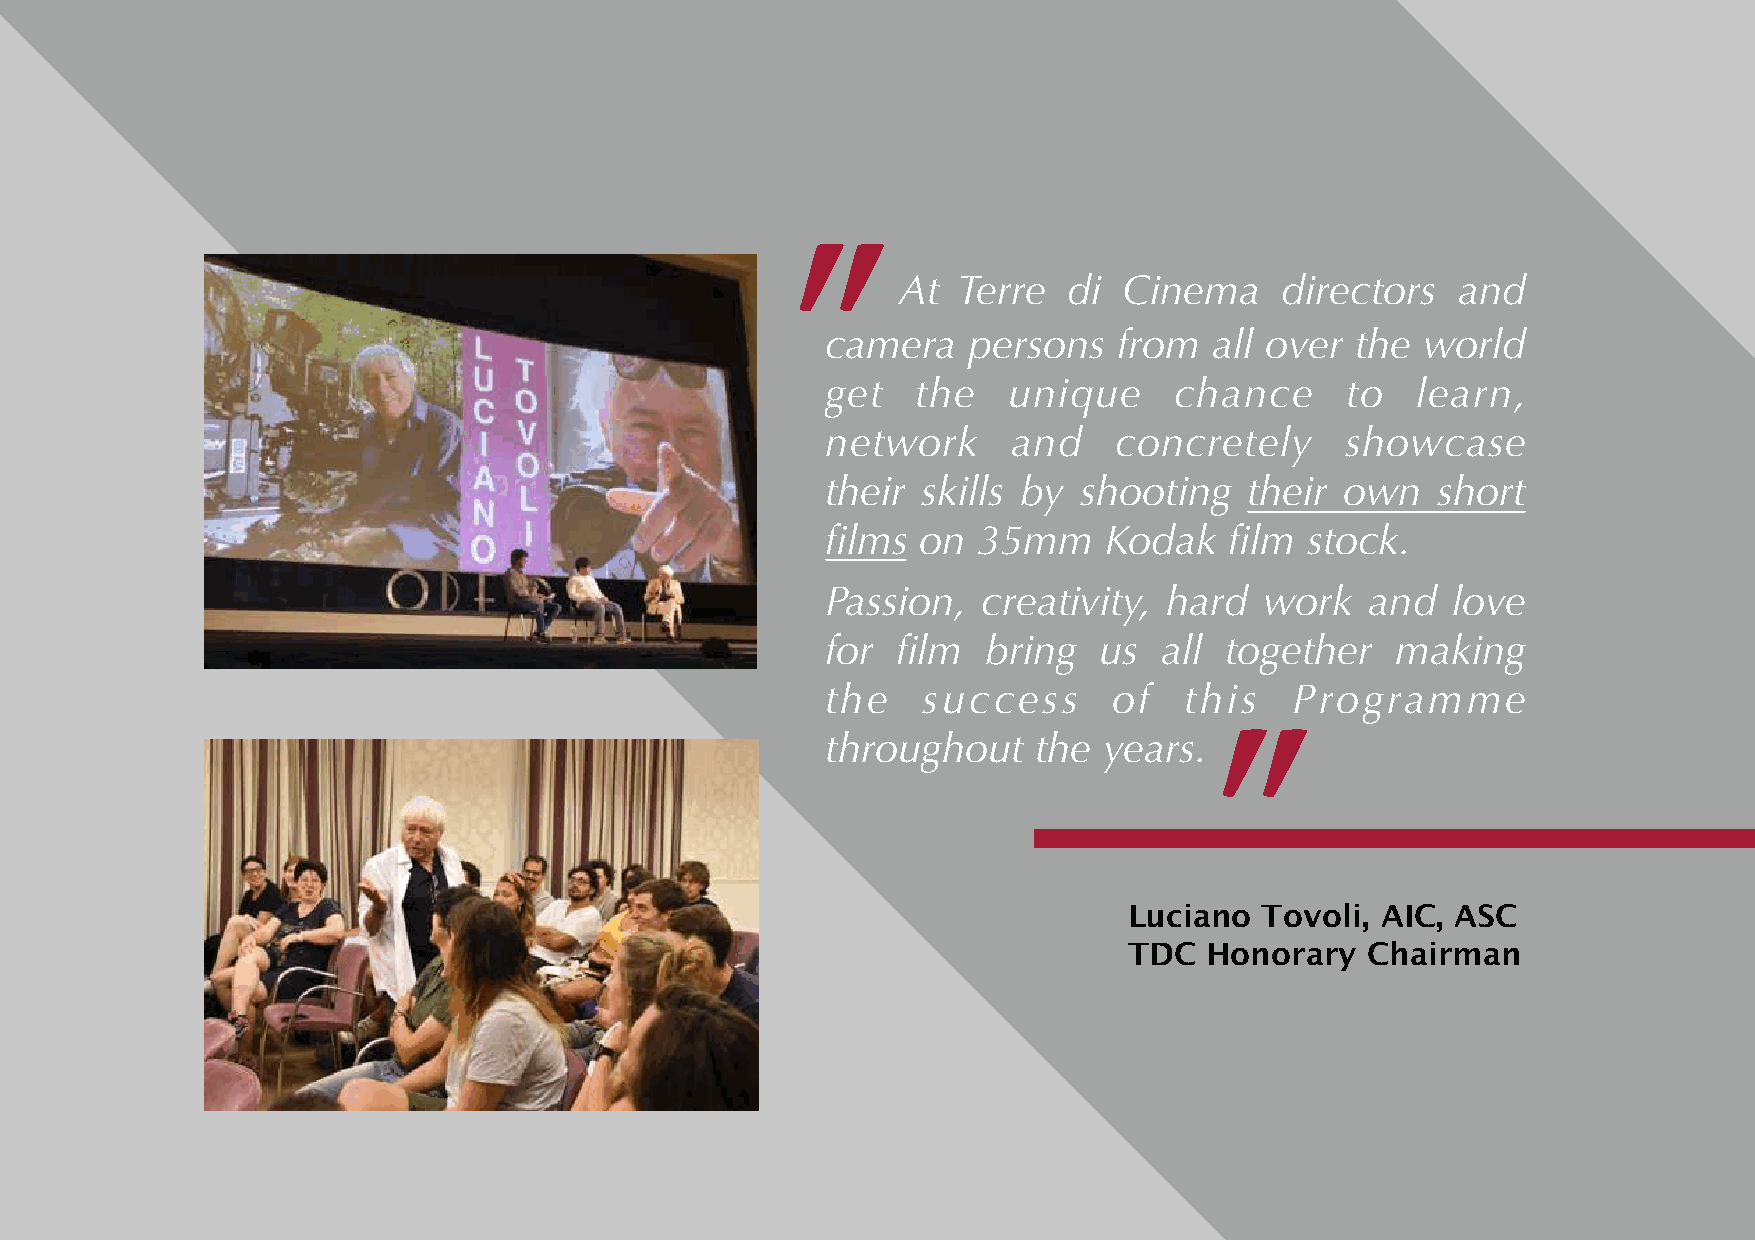
At Terre   di Cinema     directors  and
 "
 camera   persons   from  all over  the world
 get   the   unique     chance     to   learn,
 network     and    concretely     showcase
 their skills by shooting    their own   short
 films on  35mm    Kodak   film  stock.
 Passion,  creativity, hard   work   and  love
 for film  bring   us  all together   making
 the   success      of  this   Programme
 throughout    the years.
 "
 Luciano  Tovoli, AIC, ASC
 TDC  Honorary  Chairman